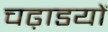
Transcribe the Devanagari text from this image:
चढ़ाडयों